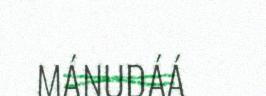
MÁNUDÁÁ